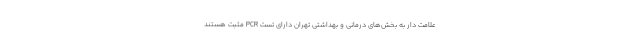
علامت دار به بخش‌های درمانی و بهداشتی تهران دارای تست PCR مثبت هستند